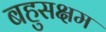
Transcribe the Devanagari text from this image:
बहुसक्षम